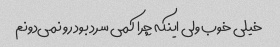
خیلی خوب ولی اینکه چرا کمی سرد بود رو نمی‌دونم